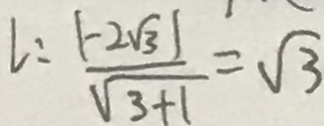
l : \frac { \vert - 2 \sqrt { 3 } \vert } { \sqrt { 3 + 1 } } = \sqrt { 3 }